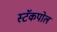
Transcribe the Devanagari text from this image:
स्टॅकपोल